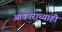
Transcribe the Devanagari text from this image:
आकाराच्याही